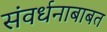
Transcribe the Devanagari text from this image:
संवर्धनाबाबत